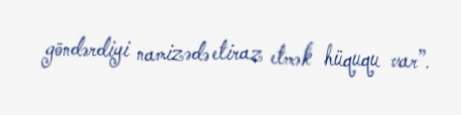
göndərdiyi namizədə etiraz etmək hüququ var”.